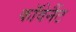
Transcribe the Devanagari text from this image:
काॅवेनैंट